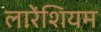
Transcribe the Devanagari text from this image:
लारेंशियम